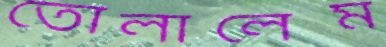
তোলালেম